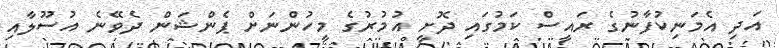
އަދި އެމަނިކުފާނުގެ ރައީސް ކަމުގައި ދޮށީ އުމުރުގެ މީހުންނަށް ޕެންޝަން ދެވޭނެ އުސޫލާއި